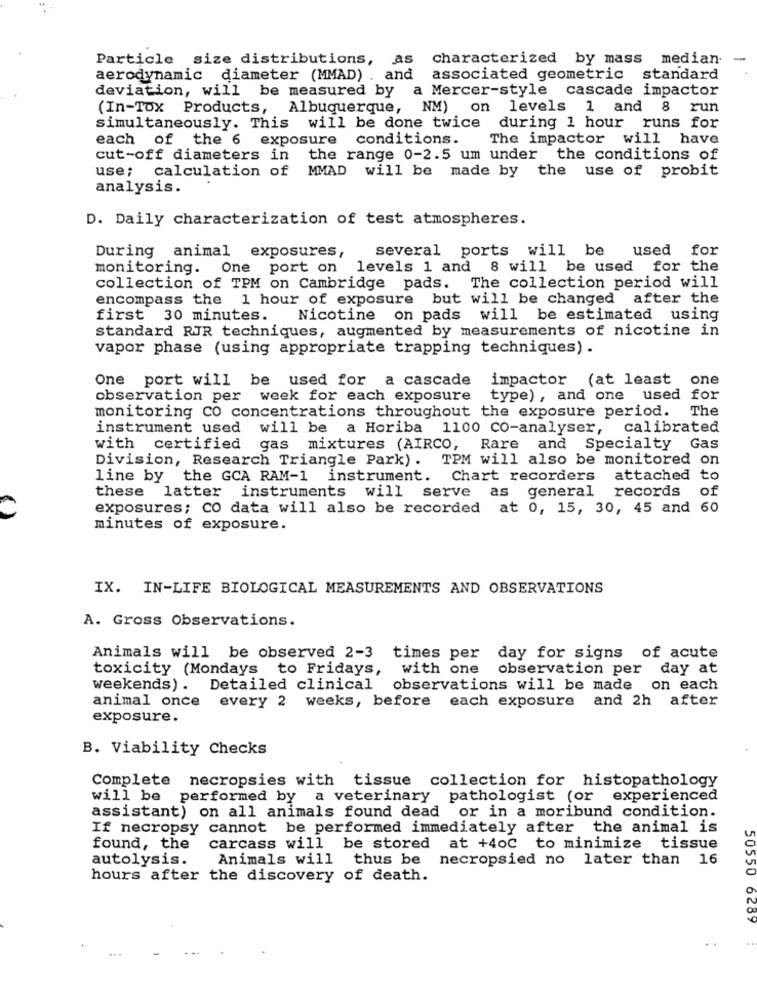
Particle size distributions, as characterized by mass median.
aerodynamic diameter (MMAD) . and
associated geometric standard
deviation, will be measured by
a Mercer-style cascade impactor
(In-Tox Products, Albuquerque,
NM) on levels 1 and 8
run
simultaneously. This will be done twice during 1 hour runs for
each of the 6 exposure conditions.
The impactor will have
cut-off diameters in the range 0-2.5 um under the conditions of
use; calculation of
MMAD will be made by the use of probit
analysis.
D. Daily characterization of test atmospheres.
several ports will be used for
During animal exposures ,
monitoring. One port on levels 1 and 8 will be used for the
collection of TPM on Cambridge pads. The collection period will
encompass the 1 hour of exposure but will be changed after the
first 30 minutes.
Nicotine on pads will be estimated using
standard RJR techniques, augmented by measurements of nicotine in
vapor phase (using appropriate trapping techniques) .
One port will be used for a cascade
impactor (at least one
observation per week for each exposure
type) , and one used for
The
monitoring co concentrations throughout the exposure period.
instrument used will be a Horiba 1100 CO-analyser,
calibrated
with certified gas mixtures (AIRCO, Rare and Specialty Gas
Division, Research Triangle Park) .
TPM will also be monitored on
line by
the GCA RAM-1 instrument.
Chart recorders
attached to
these latter instruments will serve
as general records
of
exposures; CO data will also be recorded at 0, 15, 30, 45 and 60
minutes of exposure.
IX. IN-LIFE BIOLOGICAL MEASUREMENTS AND OBSERVATIONS
A. Gross Observations.
Animals will be observed 2-3 times per
day for signs of acute
toxicity (Mondays to Fridays,
with one
observation per day at
weekends). Detailed clinical observations will be made on each
animal once every 2 weeks, before each exposure and 2h after
exposure.
B. Viability Checks
Complete necropsies with tissue collection for histopathology
will be performed by a veterinary pathologist (or experienced
assistant) on all animals found dead or in a moribund condition.
If necropsy cannot be performed immediately after the animal is
found, the
carcass will be stored at +40C to minimize tissue
autolysis.
Animals will thus be necropsied no later than 16
hours after the discovery of death.
50550 6289